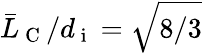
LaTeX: \bar{L}_{\mathrm{~C~}}/d_{\mathrm{~i~}}=\sqrt{8/3}